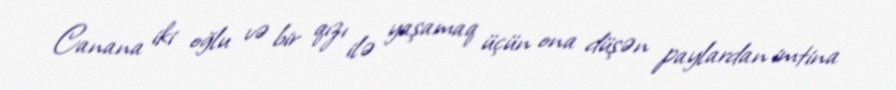
Canana iki oğlu və bir qızı ilə yaşamaq üçün ona düşən paylardan imtina